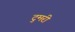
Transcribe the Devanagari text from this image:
टुमरी